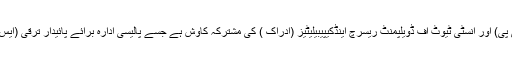
یہ رپورٹ ہیومن راءٹس کمیشن آف پاکستان (ایچ آر سی پی) اور انسٹی ٹیوٹ آف ڈویلپمنٹ ریسرچ اینڈکیپیبیلیٹیز (اِدراک ) کی مشترکہ کاوش ہے جسے پالیسی ادارہ برائے پائیدار ترقی (ایس ڈی پی آئی) کے زیر اہتمام گزشتہ روز اجراء کیا گیا ۔